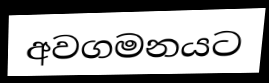
අවගමනයට